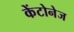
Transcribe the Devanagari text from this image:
केंटोनेज